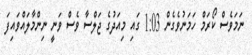
ނަމަވެސް ކޯރަމް ހަމަނުވެގެން 1:03 ގައި މިއަދުގެ ޖަލްސާ ވެސް ވަނީ ނިންމާލައްވައިފަ